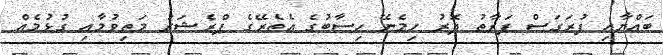
ބައްޔާއި ފުރަގަސް ފަރާތު ދޮރު ހިމެނޭ ހިސާބުގެ އެތެރޭގެ ޕްރެޝަރު މަތިވުމާއި ގުޅުމެއް